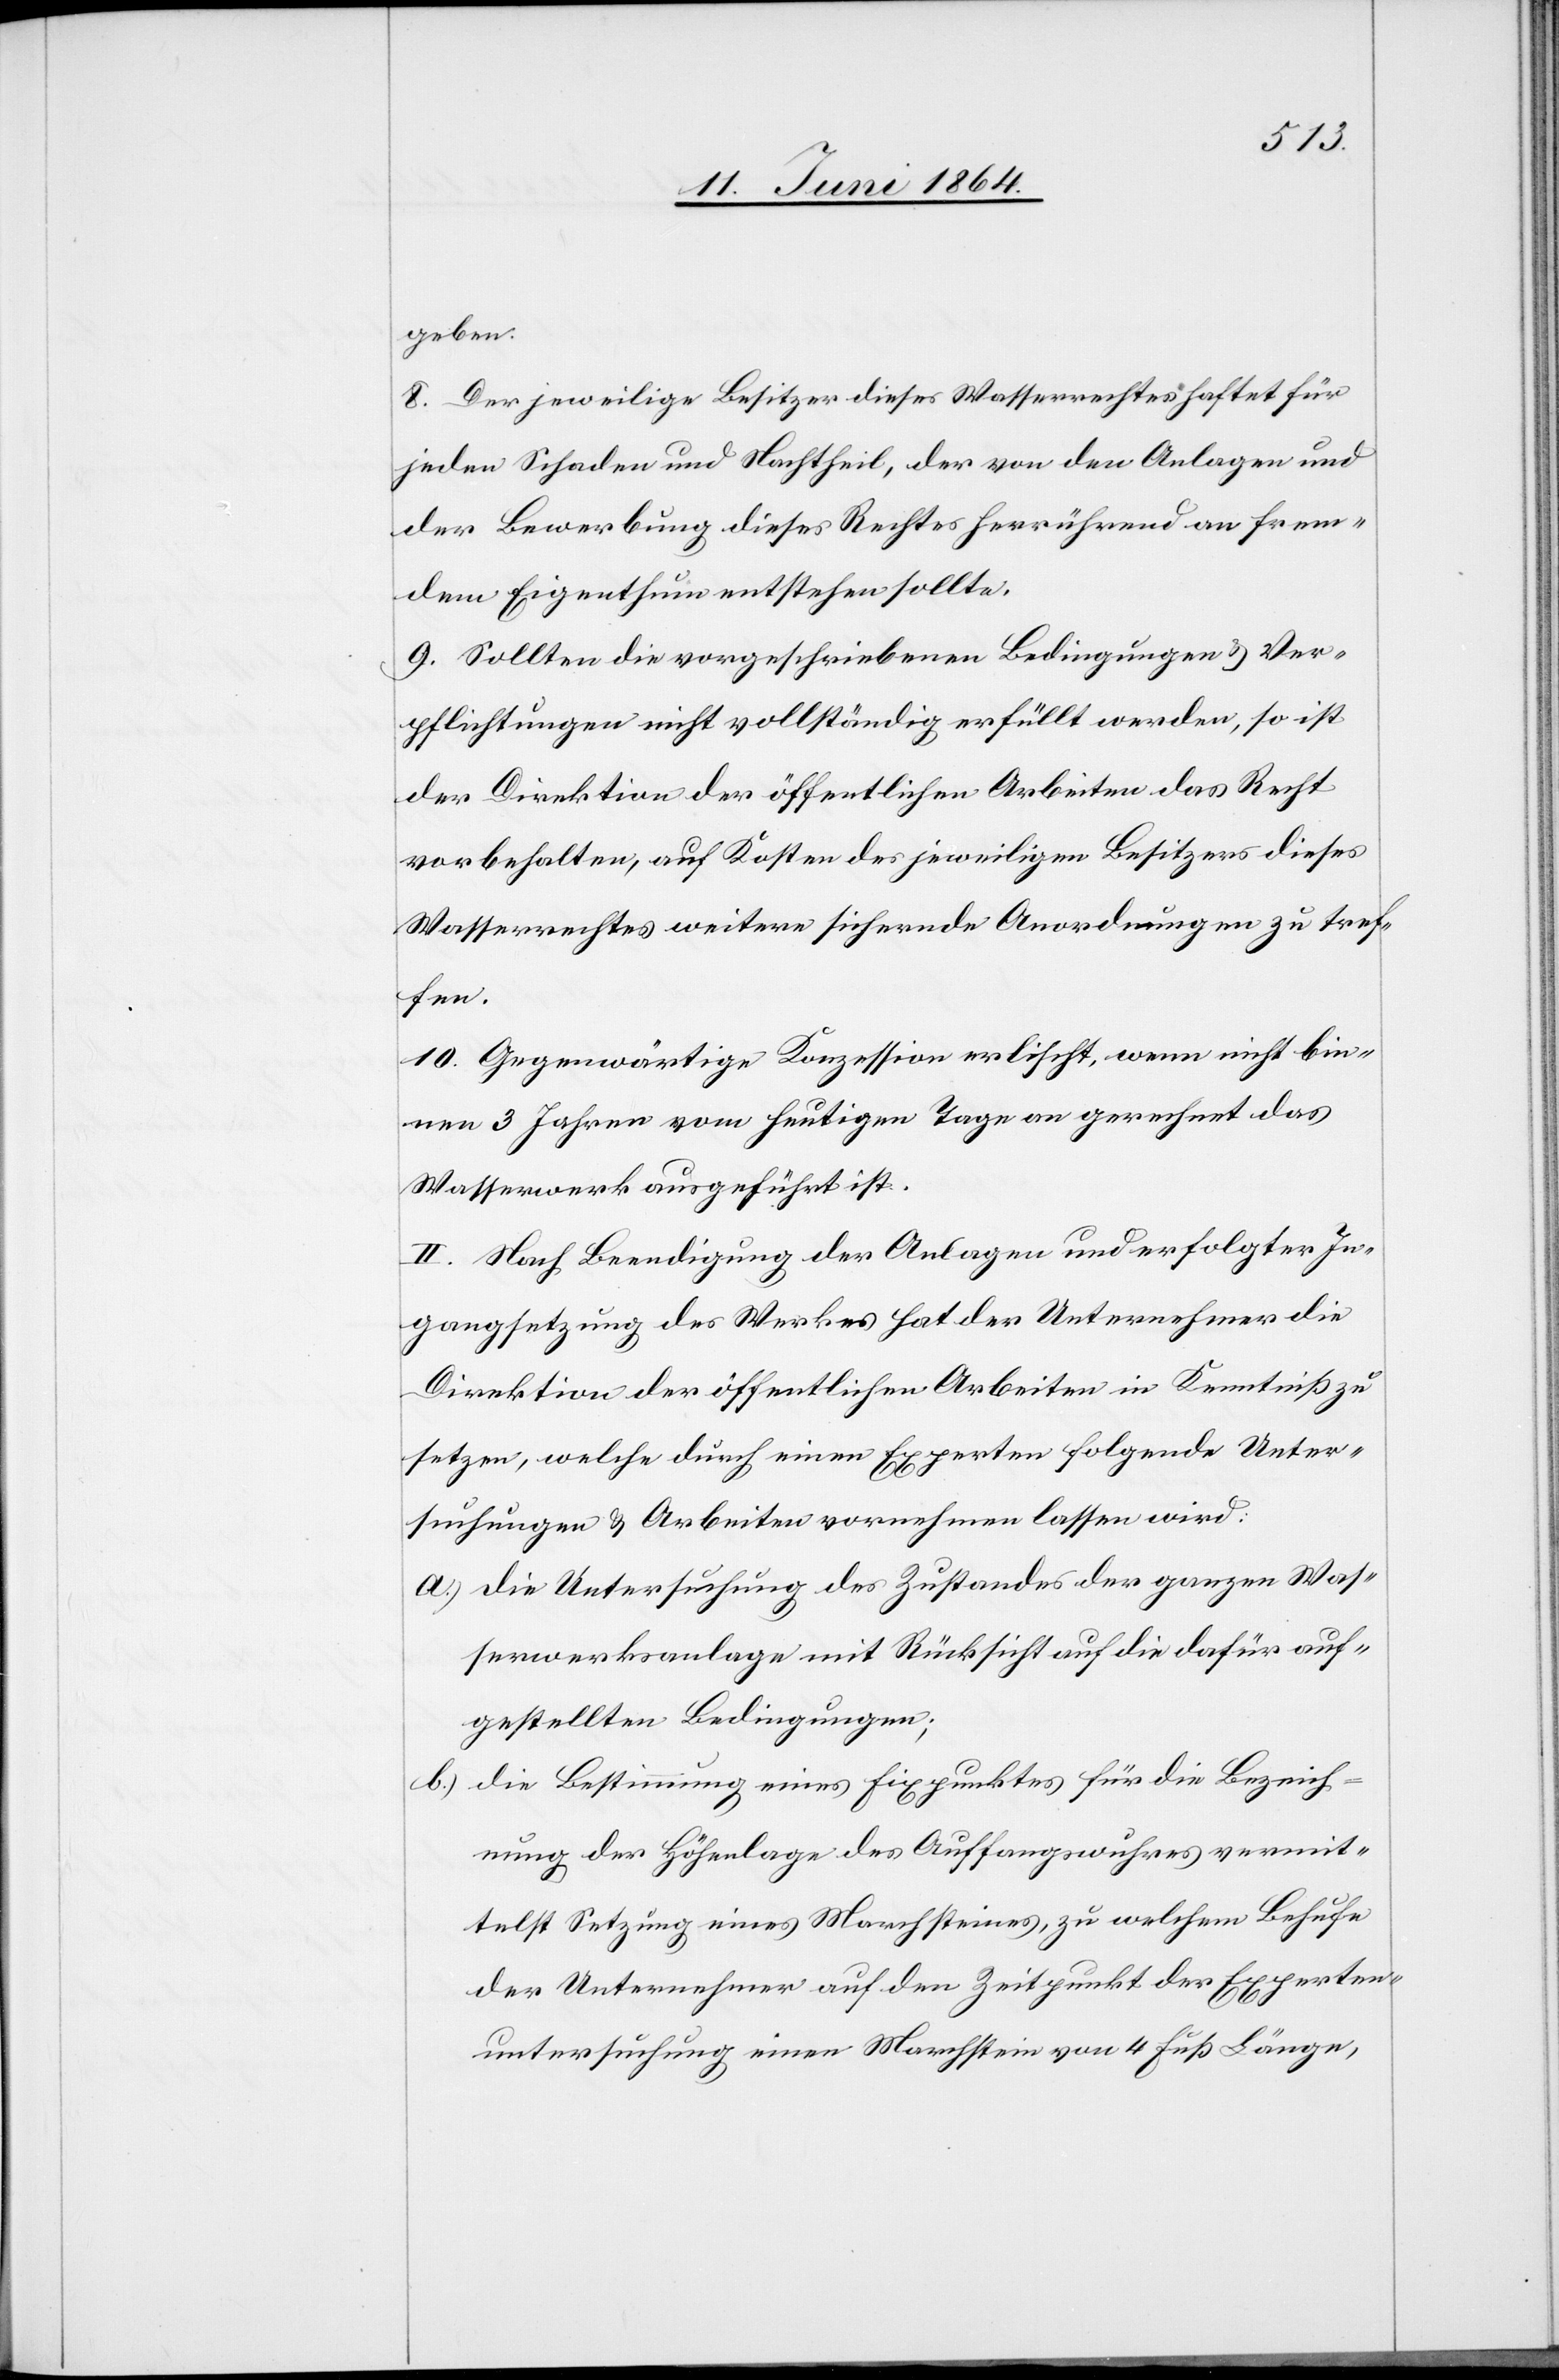
geben.
8. Der jeweilige Besitzer dieses Wasserrechtes haftet für
jeden Schaden und Nachtheil, der von den Anlagen und
der Bewerbung dieses Rechtes herrührend an frem¬
dem Eigenthum entstehen sollte.
9. Sollten die vorgeschriebenen Bedingungen u. Ver¬
pflichtungen nicht vollständig erfüllt werden, so ist
der Direktion der öffentlichen Arbeiten das Recht
vorbehalten, auf Kosten des jeweiligen Besitzers dieses
Wasserrechtes weitere sichernde Anordnungen zu tref¬
fen.
10. Gegenwärtige Konzession erlischt, wenn nicht bin¬
nen 3 Jahren vom heutigen Tage an gerechnet das
Wasserwerk ausgeführt ist.
II. Nach Beendigung der Anlagen und erfolgter In¬
gangsetzung des Werkes hat der Unternehmer die
Direktion der öffentlichen Arbeiten in Kenntniß zu
setzen, welche durch einen Experten folgende Unter¬
suchungen u. Arbeiten vornehmen lassen wird:
a.) die Untersuchung des Zustandes der ganzen Was¬
serwerksanlage mit Rücksicht auf die dafür auf¬
gestellten Bedingungen;
b.) die Bestimmung eines Fixpunktes für die Bezeich¬
nung der Höhenlage des Auffangwuhres vermit¬
telst Setzung eines Marchsteines, zu welchem Behufe
der Unternehmer auf den Zeitpunkt der Experten¬
untersuchung einen Marchstein von 4 Fuß Länge,